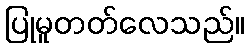
ပြုမူတတ်လေသည်။